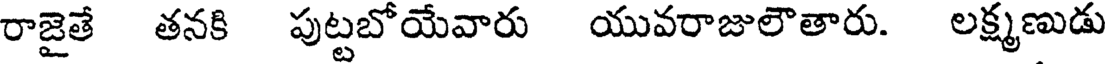
రాజైతే తనకి పుట్టబోయేవారు యువరాజులౌతారు. లక్ష్మణుడు